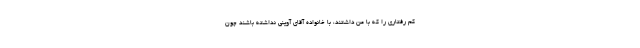
کم رفتاری را که با من داشتند، با خانواده آقای آوینی نداشته باشند چون